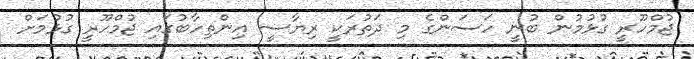
ޖުމްހޫރީ ގުޅުމުން ބުނީ ހަސަންގެ މި ދަތުރަކީ ރިޔާސީ އިންތިހާބުގައި ޖުމްހޫރީ ގުޅުމަށް